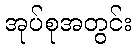
အုပ်စုအတွင်း